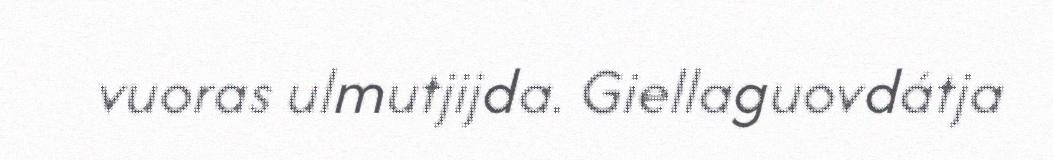
vuoras ulmutjijda. Giellaguovdátja